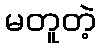
မတူတဲ့